Report on horse surra - Volume II, Part II
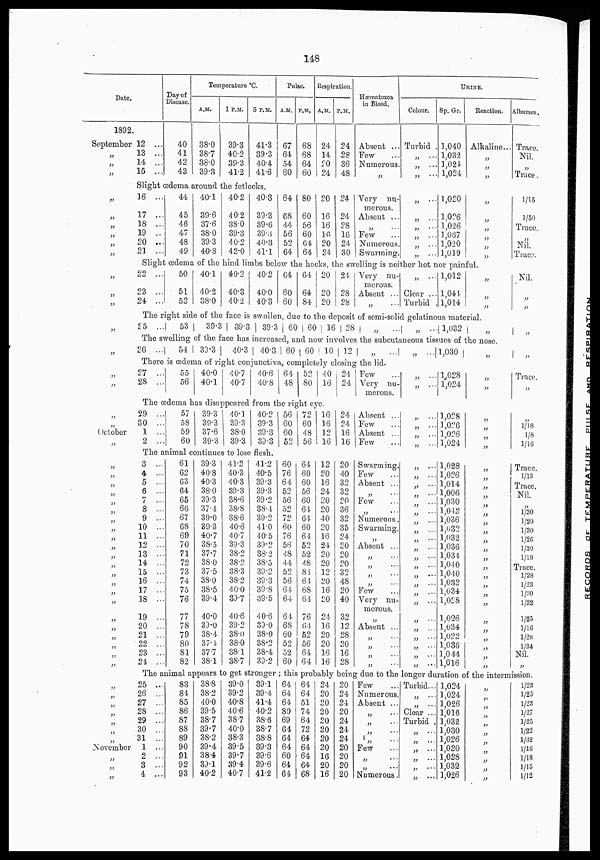
148
Date.
1892.
September
„
„
„
„
„
„
„
„
„
„
„
„
„
„
„
„
„
„
„
„
„
October
„
„
„
„
„
„
„
,
„
„
„
„
„
„
„
„
„
„
„
„
„
„
„
„
„
„
„
„
„
„
„
„
November
„
„
„
Day of
Disease.
12 ...
13 ...
14 ...
15 ...
40
41
42
43
Temperature °C.
A.M.
38.0
38.7
38.0
39.3
1 P.M.
39.3
40.2
39.3
41.2
5 P.M.
41.3
39.3
40.4
41.6
Pulse.
A.M.
67
64
54
60
P.M.
68
68
64
60
Respiration.
A.M.
24
14
20
24
P.M.
24
28
36
48
Hæmatozoa
in Blood.
Absent ...
Few
Numerous.
„
URINE.
Colour.
Turbid
„
„
„
Sp. Gr.
1,040
1,032
1,024
1,024
Reaction.
Alkaline...
„
„
„
Slight œdema around the fetlocks.
16 ...
17 ...
18 ...
19 ...
20 ...
21 ...
44
45
46
47
48
49
40.1
39.6
37.6
38.0
39.3
40.8
40.2
40.2
38.0
39.3
40.2
42.0
40.3
39.3
39.6
39.3
40.3
41.1
64
68
44
56
52
64
80
60
56
60
64
64
20
16
16
16
20
24
24
24
28
16
24
30
Very nu
merous.
Absent ...
„ ...
Few
Numerous.
Swarming.
„
„
„
„
„
„
1,020
1,026
„
„
1,026
1,037
1,020
1,019
„
„
„
Slight œdema of the hind limbs below the hocks, the swelling is neither hot nor painful.
22 ...
23 ...
24 ...
50
51
52
40.1
40.2
38.0
40.2
40.3
40.2
40.2
40.0
40.3
64
60
60
64
64
84
20
20
20
24
28
28
Very nu
merous.
Absent ...
„ ...
„
Clear ...
Turbid .
1,012
1,044
1,014
„
„
„
The right side of the face is swollen, due to the deposit of semi-solid gelatinous material.
25 ...
53
39.3 39.3 39.3 60 60 16 28
„
...
„ ... 1,032 „
The swelling of the face has increased, and now involves the subcutaneous tissues of the nose.
26 ...
54 39.3
40.3 40.3 60 60 10 12
„
...
„ ... 1,030 „
There is œdema of right conjunctiva, completely closing the lid.
27 ...
28 ...
55
56
40.0
40.1
40.7
40.7
40.6
40.8
64
48
52
80
40
16
24
24
Few
Very nu-
merous.
„ ...
„ ...
1,028
1,024
„
„
The œdema has disappeared from the right eye.
29 ...
30 ...
1 ...
2 ...
57
58
59
60
39.3
39.3
37.6
39.3
40.1
39.3
38.0
39.3
40.2
39.3
39.3
39.3
56
60
60
52
72
60
48
56
16
16
12
16
24
24
16
16
Absent ...
Few
Absent ...
Few
„ ...
„ ...
„ ...
„ ...
1,028
1,026
1,026
1,024
„
„
„
The animal continues to lose flesh.
3 ...
4 ...
5 ...
6 ...
7 ...
8 ...
9 ...
10 ...
11 ...
12 ...
13 ...
14 ...
15 ...
16 ...
17 ...
18 ...
19 ...
20 ...
21 ...
22 ...
23 ...
24. ...
61
62
63
64
65
66
67
68
69
70
71
72
73
74
75
76
77
78
79
80
81
82
39.3
40.8
40.3
38.0
39.3
37.4
39.0
39.3
40.7
38.5
37.7
38.0
37.5
38.0
38.5
39.4
40.0
39.0
38.4
37.4
37.7
38.1
41.2
40.3
40.3
39.3
38.6
38.8
38.6
40.6
40.7
39.3
38.2
38.2
38.3
38.2
40.0
39.7
40.6
39.2
38.0
38.0
38.1
38.7
41.2
40.5
39.3
39.3
39.2
38.4
39.2
41.0
40.5
39.2
38.2
38.5
39.2
39.3
39.8
39.5
40.6
39.0
38.0
38.2
38.4
39.2
60
76
64
52
56
52
72
60
76
56
48
44
52
56
64
64
64
68
60
52
52
60
64
60
60
56
60
64
64
60
64
52
52
48
84
64
68
64
76
64
52
56
64
64
12
20
16
24
20
20
40
20
16
24
20
20
12
20
16
20
24
16
20
20
16
16
20
40
32
32
20
36
32
35
24
20
20
20
32
48
20
40
32
12
28
20
16
28
Swarming.
Few
Absent ...
„ ...
Few
„ ...
Numerous.
Swarming.
„ ...
Absent ...
„ ...
„ ...
„ ...
„ ...
Few
Very nu
merous.
„
Absent ...
„ ...
„ ...
„ ...
„ ...
„ ...
„ ...
„ ...
„ ...
„ ...
„ ...
„ ...
„ ...
„ ...
„ ...
„ ...
„ ...
„ ...
„ ...
„ ...
„ ...
„ ...
„ ...
„ ...
„ ...
„ ...
1,028
1,026
1,014
1,006
1,030
1,042
1,036
1,032
1,032
1,036
1,034
1,040
1,040
1,032
1,034
1,028
1,026
1,034
1,022
1,036
1,044
1,016
„
„
„
„
„
„
„
„
„
„
„
„
„
„
„
„
„
„
„
„
„
„
The animal appears to get stronger ; this probably being due to the longer duration of the intermission.
25 ...
26 ...
27 ...
28 ...
29 ...
30 ...
31 ...
1 ...
2 ...
3 ...
4 ...
83
84
85
86
87
88
89
90
91
92
93
38.8
38.2
40.0
39.5
38.7
39.7
38.2
39.4
38.4
39.1
40.2
39.0
39.2
40.8
40.6
38.7
40.0
38.3
39.5
39.7
39.4
40.7
39.1
39.4
41.4
40.2
38.6
38.7
38.8
39.3
39.6
39.6
41.2
64
64
64
80
69
64
64
64
60
64
64
64
64
51
74
64
72
64
64
64
64
68
24
20
20
20
20
20
20
20
16
20
16
20
24
24
20
24
24
24
20
20
20
20
Few
Numerous
Absent ..
„ ...
„ ...
„ ...
„ ...
Few
„ ...
„ ...
Numerous
Turbid..
„ ...
„ ...
Clear ..
Turbid
„ ...
„ ...
„ ...
„ ...
„ ...
„ ...
1,024
1,024
1,026
1,016
1,032
1,030
1,026
1,020
1,028
1,032
1,026
„
„
„
„
„
„
„
„
„
„
„
Albumen.
Trace.
Nil.
„
Trace.
1/15
1/50
Trace.
„
Nil.
Trace.
Nil.
„
„
„
Trace.
„
1/18
⅛
1/16
Trace.
1/13
Trace.
Nil.
1/30
1/20
1/30
1/26
1/30
1/19
Trace.
1/28
1/23
1/30
1/32
1/25
1/16
1/28
1/34
Nil.
„
1/23
1/23
1/23
1/27
1/25
1/22
1/32
1/16
1/18
1/15
1/12